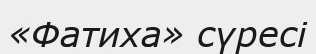
«Фатиха» сүресі